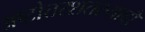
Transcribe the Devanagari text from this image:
अष्टोत्तरशतस्यादौ